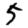
Digit: 5